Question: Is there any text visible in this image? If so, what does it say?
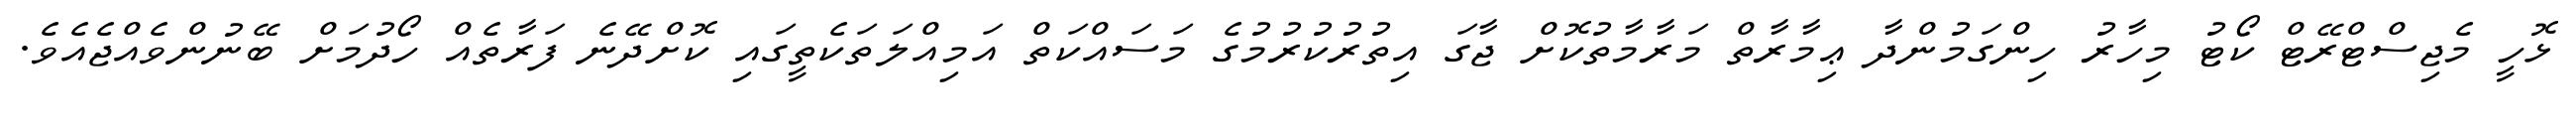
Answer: ޅޮހީ މެޖިސްޓްރޭޓް ކޯޓު މިހާރު ހިންގަމުންދާ ޢިމާރާތް މަރާމާތުކޮށް ޖާގަ އިތުރުކުރުމުގެ މަސައްކަތް އަމިއްލަތަކެތީގައި ކޮށްދޭނެ ފަރާތެއް ހޯދުމަށް ބޭނުންވެއްޖެއެވެ.